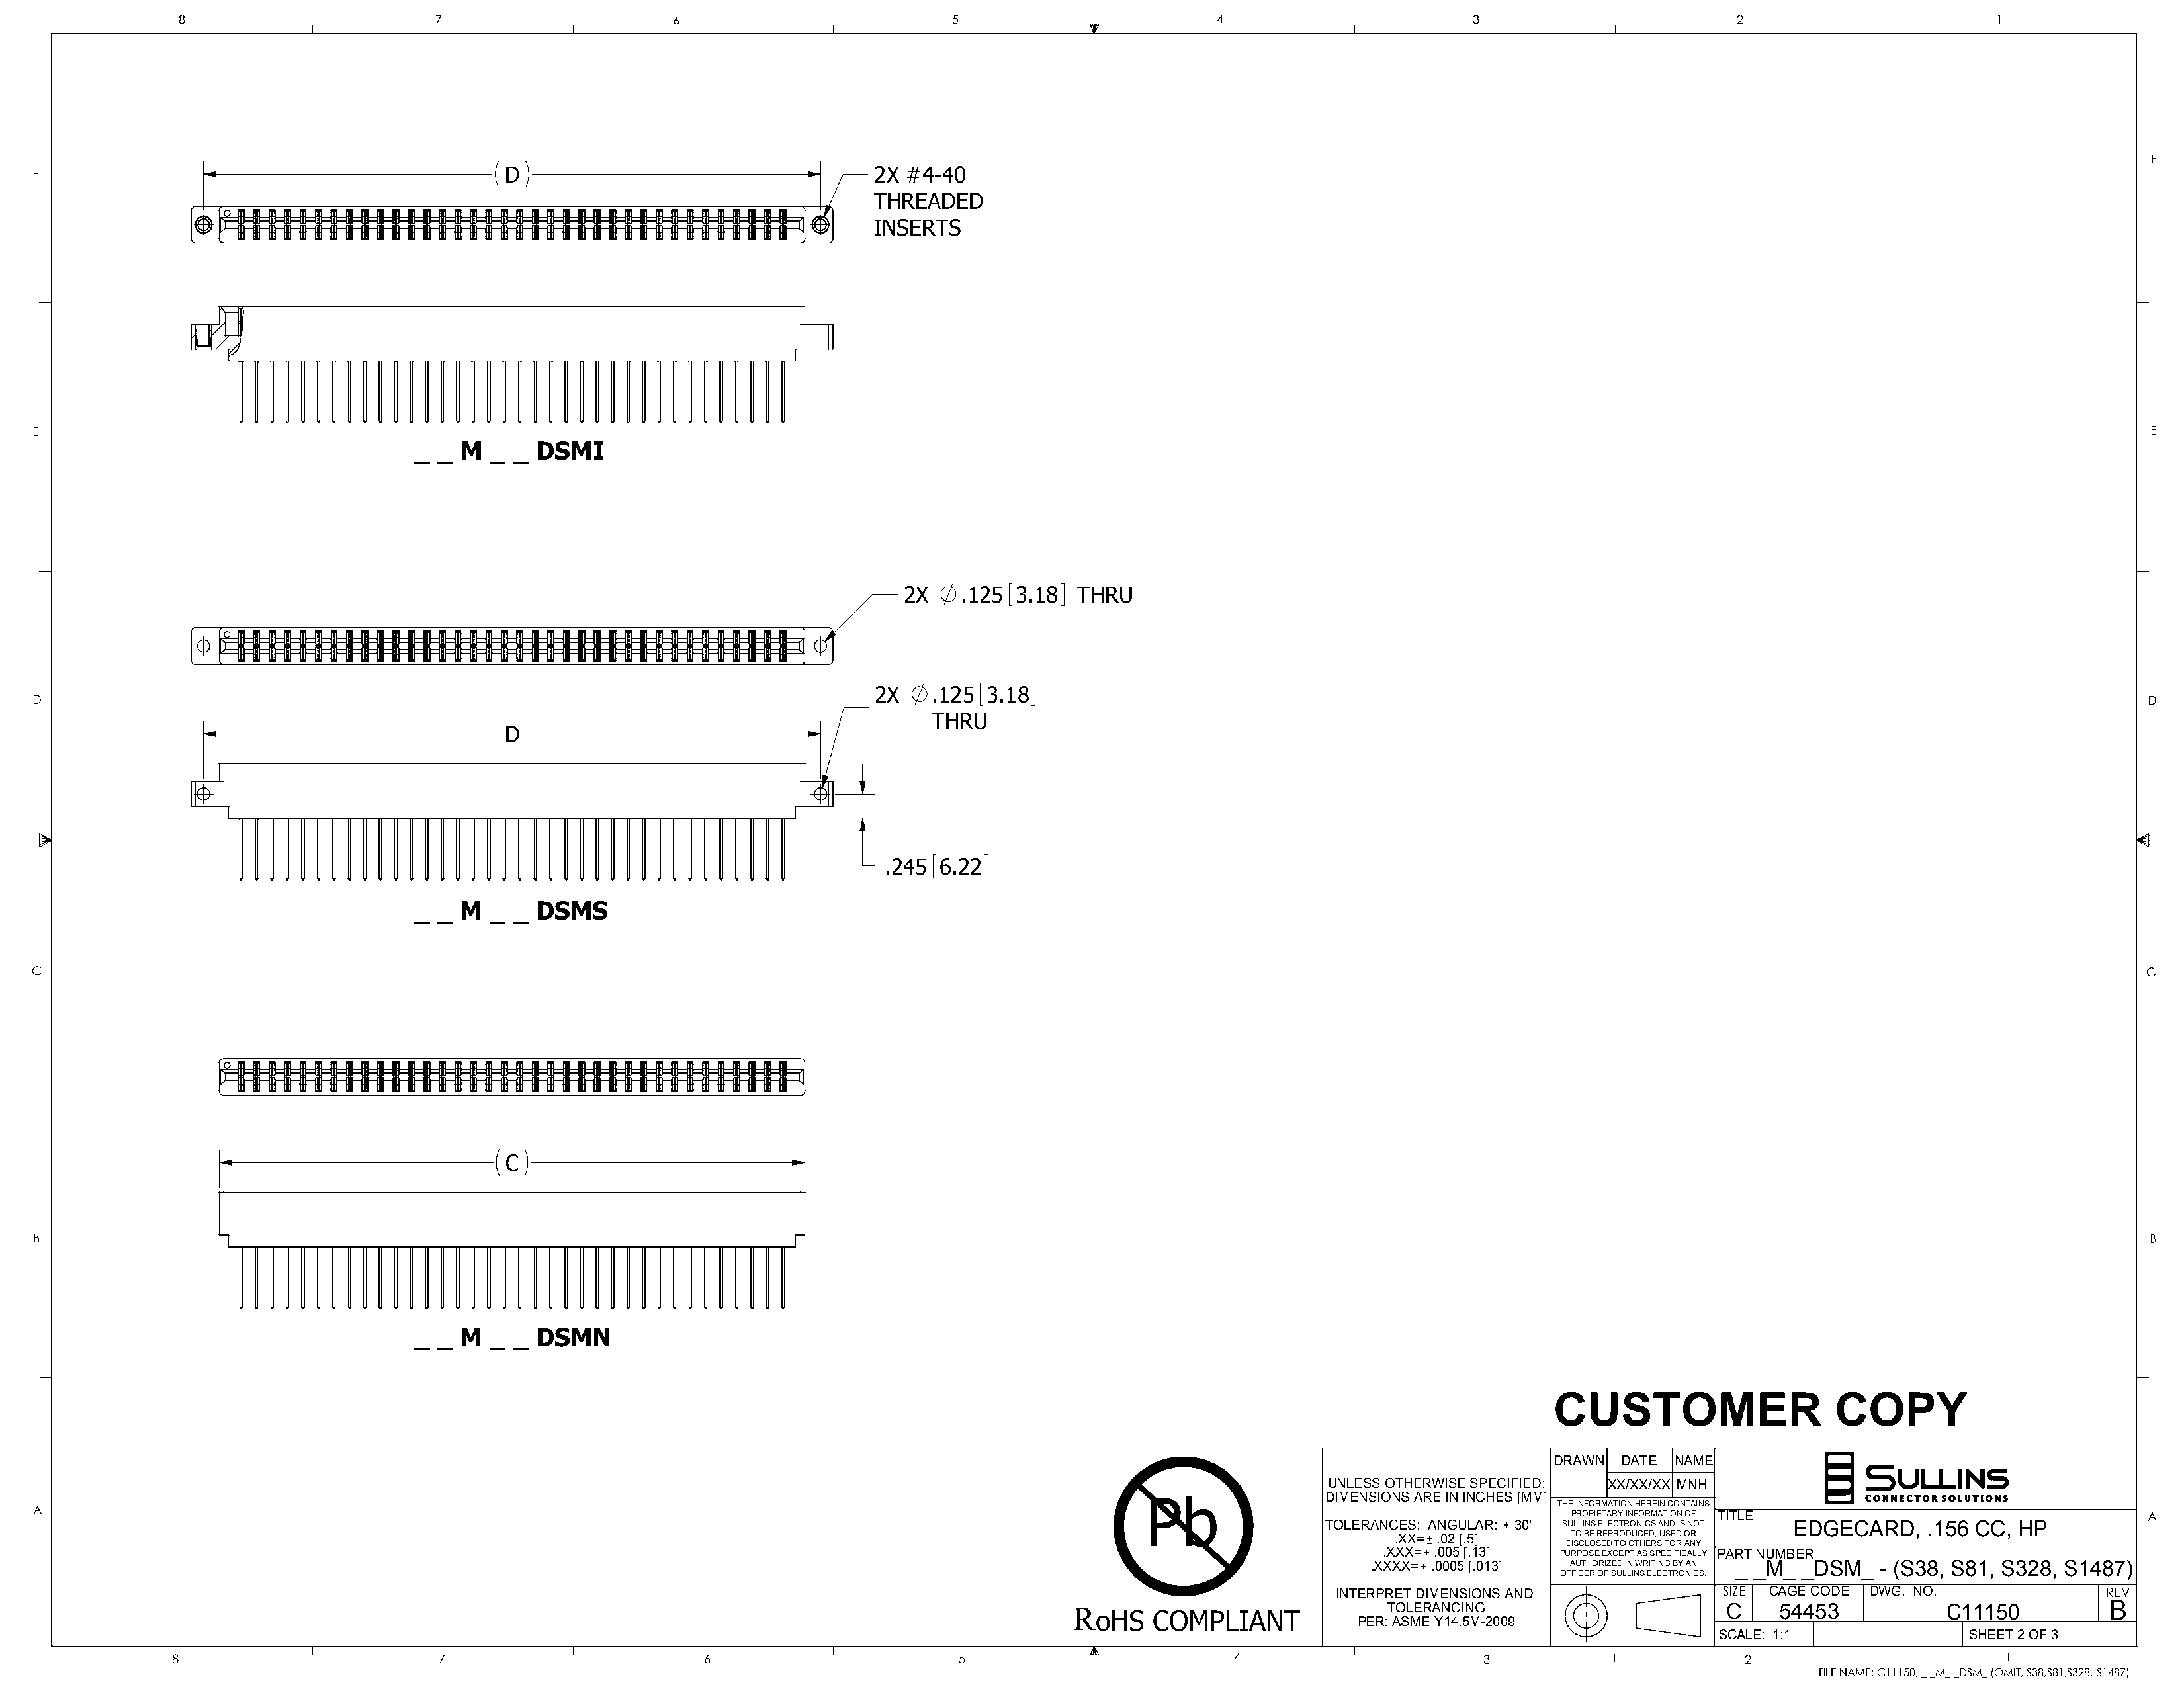
8                         7                      6                           5                          4                        3                          2                         1
 F
 D                                    2X  #4-40
 F
 THREADED
 INSERTS
 E                                                                                                                                                                                                                   E
 _  _ M  _ _  DSMI
 2X    .125  3.18  THRU
 2X   .125  3.18
 D                                                                                                                                                                                                                   D
 THRU
 D
 .245  6.22
 _  _ M  _ _  DSMS
 C                                                                                                                                                                                                                   C
 C
 B                                                                                                                                                                                                                   B
 _  _ M  _ _  DSMN
 CUSTOMER                     COPY
 DRAWN  DATE  NAME
 UNLESS OTHERWISE SPECIFIED: XX/XX/XX MNH
 Pb                DIMENSIONS ARE IN INCHES [MM]
 THE INFORMATION HEREIN CONTAINS
 A
 PROPIETARY INFORMATION OF TITLE                           A
 TOLERANCES: ANGULAR: 30' SULLINS ELECTRONICS AND IS NOT EDGECARD, .156 CC, HP
 .XX= .02 [.5]    TO BE REPRODUCED, USED OR
 DISCLOSED TO OTHERS FOR ANY
 .XXX= .005 [.13]  PURPOSE EXCEPT AS SPECIFICALLY PART NUMBER
 .XXXX= .0005 [.013] AUTHORIZED IN WRITING BY AN _ _M_ _DSM_ - (S38, S81, S328, S1487)
 OFFICER OF SULLINS ELECTRONICS.
 INTERPRET DIMENSIONS AND              SIZE CAGE CODE DWG. NO.                REV
 RoHS    COMPLIANT               TOLERANCING                       C    54453            C11150          B
 PER: ASME Y14.5M-2009
 SCALE: 1:1               SHEET 2 OF 3
 8                          7                         6                         5                          4                        3                          2                         1
 FILE NAME: C11150, _ _M_ _DSM_ (OMIT, S38,S81,S328, S1487)